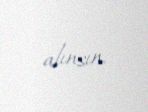
alınsın.